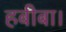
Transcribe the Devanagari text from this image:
हबीबा।